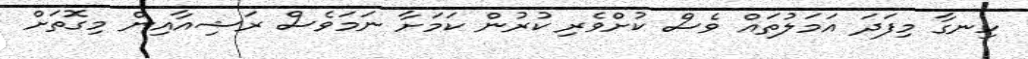
ހިނގާ މިފަދަ އަމަލުތައް ވެސް ކުށްވެރި ކުރުން ކަމަށާ ނަމަވެސް ރަޝިއާއިން މިގޮތަށް